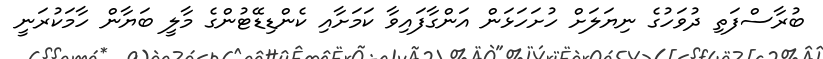
ބުރާސްފަތި ދުވަހުގެ ނިޔަލަށް ހުށަހަޅަން އަންގާފައިވާ ކަމަށާއި ކެންޑިޑޭޓުންގެ މާލީ ބަޔާން ހާމަކުރަނީ